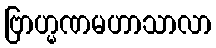
ဗြာဟ္မဏမဟာသာလာ